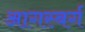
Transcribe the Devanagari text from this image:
आगस्बर्ग